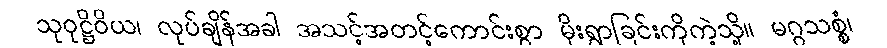
သုဝုဋ္ဌိဝိယ၊ လုပ်ချိန်အခါ အသင့်အတင့်ကောင်းစွာ မိုးရွာခြင်းကိုကဲ့သို့။ မဂ္ဂသစ္စံ၊